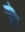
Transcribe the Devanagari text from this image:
हेेै